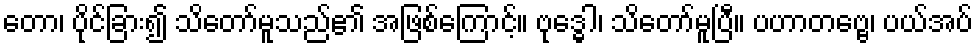
တော၊ ပိုင်ခြား၍ သိတော်မူသည်၏ အဖြစ်ကြောင့်။ ဗုဒ္ဓေါ၊ သိတော်မူပြီ။ ပဟာတဗ္ဗေ၊ ပယ်အပ်